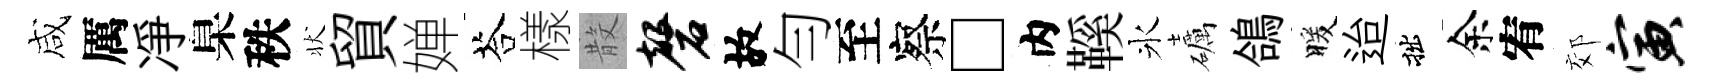
咸厲凈臬秩状貿婵荅樣𣪚磬故勻至察□内鞵氷礪鴿暖迨拙余宥郊寅